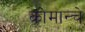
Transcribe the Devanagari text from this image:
कोमान्चे